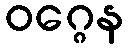
ဝဂ္ဂေန